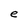
Character: e